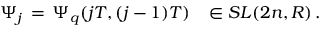
\Psi _ { j } \, = \, \Psi _ { q } ( j T , ( j - 1 ) T ) \, \, \, \, \, \in S L ( 2 n , R ) \, .